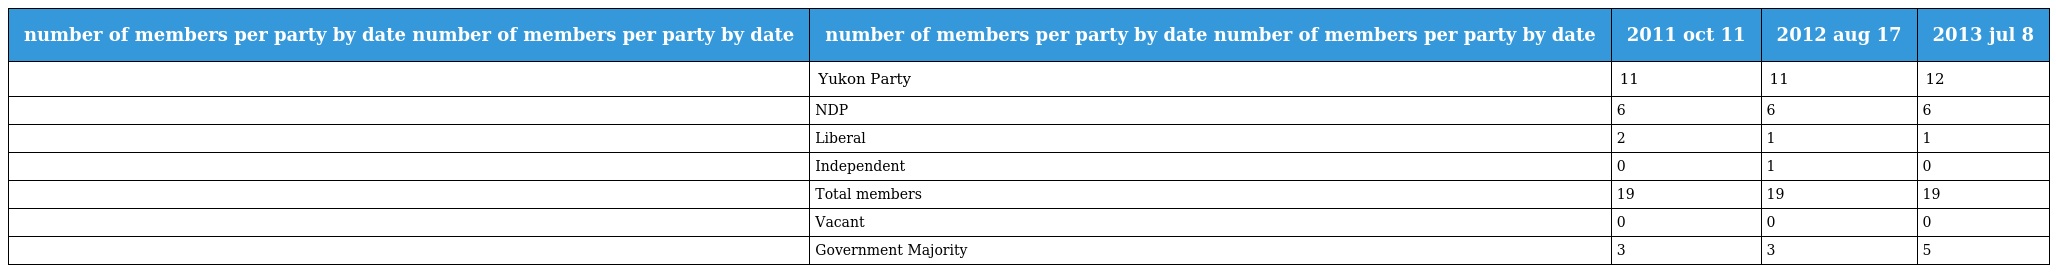
| number of members per party by date number of members per party by date | number of members per party by date number of members per party by date | 2011 oct 11 | 2012 aug 17 | 2013 jul 8 |
 | --- | --- | --- | --- | --- |
 |  | Yukon Party | 11 | 11 | 12 |
 |  | NDP | 6 | 6 | 6 |
 |  | Liberal | 2 | 1 | 1 |
 |  | Independent | 0 | 1 | 0 |
 |  | Total members | 19 | 19 | 19 |
 |  | Vacant | 0 | 0 | 0 |
 |  | Government Majority | 3 | 3 | 5 |